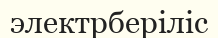
электрберіліс